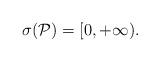
LaTeX: \begin{align*}\sigma_{} (\mathcal{P}) = [0, + \infty).\end{align*}